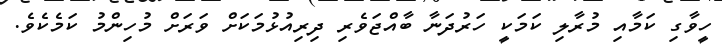
ހީވާގި ކަމާއި މުރާލި ކަމަކީ ހަރުދަނާ ބާއްޖަވެރި ދިރިއުޅުމަކަށް ވަރަށް މުހިންމު ކަމެކެވެ.